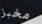
مخبز